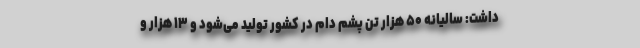
داشت: سالیانه ۵۰ هزار تن پشم دام در کشور تولید می‌شود و ۱۳ هزار و